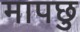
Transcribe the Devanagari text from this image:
मापछु